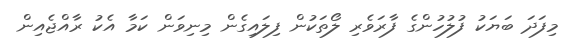
މިފަދަ ބަޔަކު ފުލުހުންގެ ފާރަވެރި ލޯތަކުން ފިލައިގެން މިނިވަން ކަމާ އެކު ރާއްޖެއިން